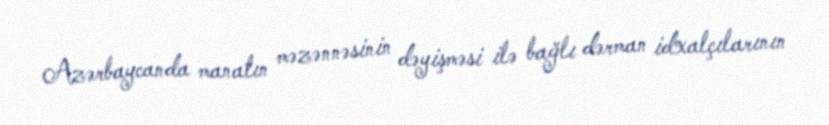
Azərbaycanda manatın məzənnəsinin dəyişməsi ilə bağlı dərman idxalçılarının